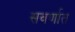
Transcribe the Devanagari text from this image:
सवर्णात